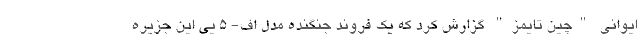
ایوانی "چین تایمز" گزارش کرد که یک فروند جنگنده مدل اف- ۵ یی این جزیره